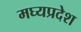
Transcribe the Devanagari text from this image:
मघ्‍यप्रदेश